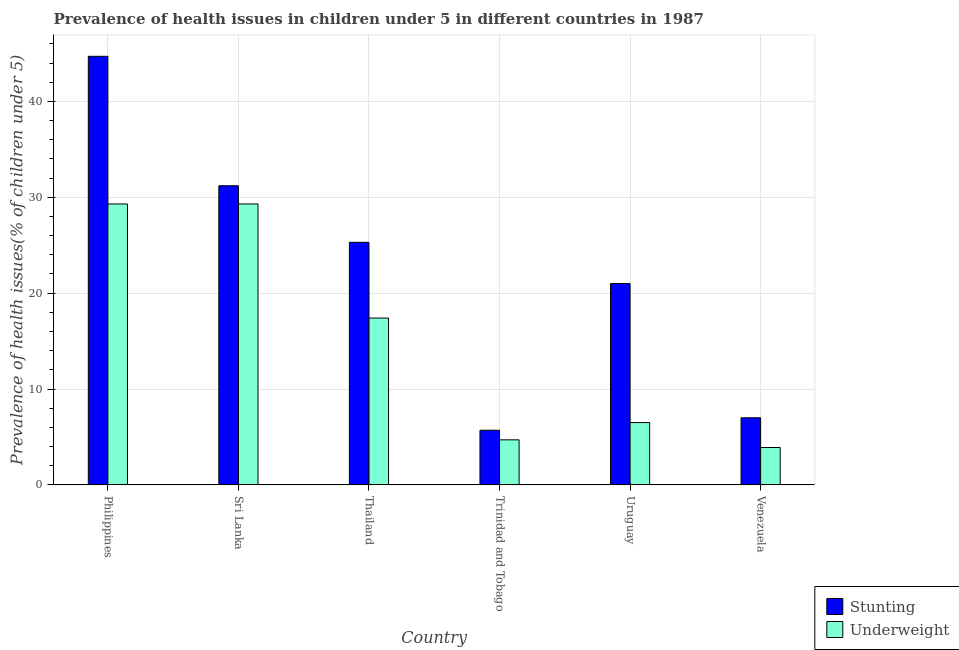
| Country | Stunting | Underweight |
 | --- | --- | --- |
 | Philippines | 44.7 | 29.3 |
 | Sri Lanka | 31.2 | 29.3 |
 | Thailand | 25.3 | 17.4 |
 | Trinidad and Tobago | 5.7 | 4.7 |
 | Uruguay | 21 | 6.5 |
 | Venezuela | 7 | 3.9 |